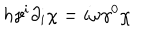
LaTeX: h \gamma ^ { i } \partial _ { i } \chi = i \omega \gamma ^ { 0 } \chi